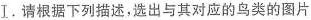
Ⅰ.请根据下列描述,选出与其对应的鸟类的图片